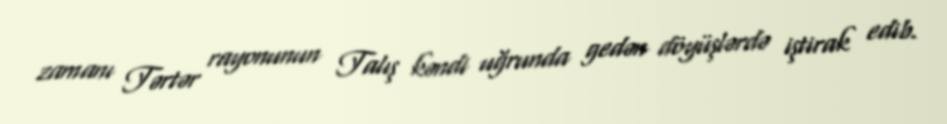
zamanı Tərtər rayonunun Talış kəndi uğrunda gedən döyüşlərdə iştirak edib.